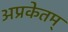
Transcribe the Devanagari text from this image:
अप्रकेतम्